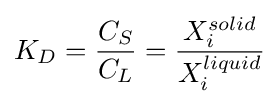
K_{D}={\frac {C_{S}}{C_{L}}}={\frac {X_{i}^{solid}}{X_{i}^{liquid}}}